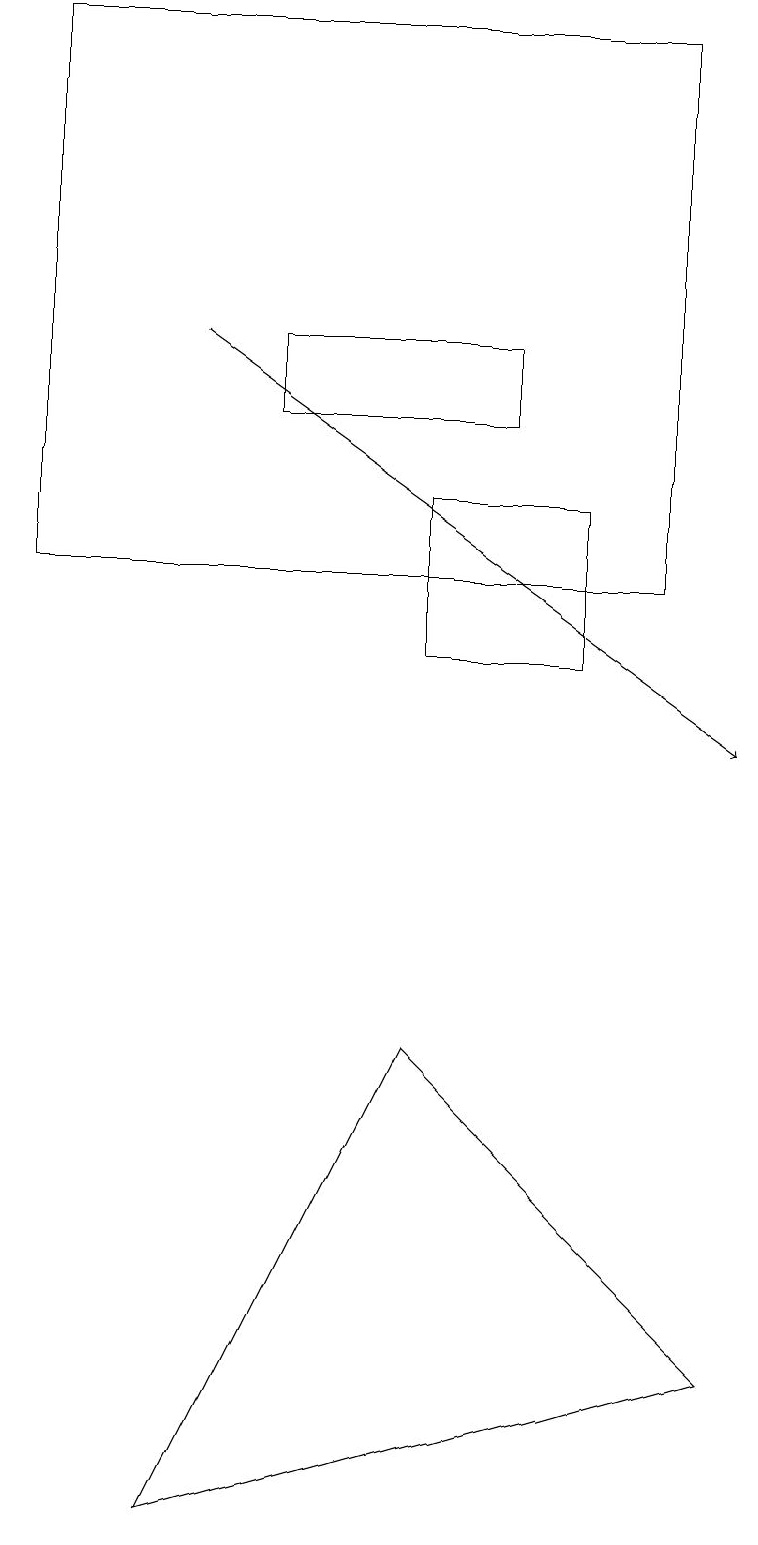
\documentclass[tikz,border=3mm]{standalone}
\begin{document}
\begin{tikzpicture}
\draw (5,13) rectangle (7,11);
\draw (0,12) rectangle (8,19);
\draw[->] (2,15) -- (9,10);
\draw (5,6) -- (2,0) -- (9,2) -- cycle;
\draw (3,14) rectangle (6,15);
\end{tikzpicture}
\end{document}